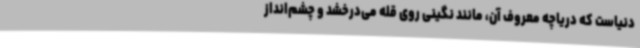
دنیاست که دریاچه معروف آن، مانند نگینی روی قله می‌درخشد و چشم‌انداز